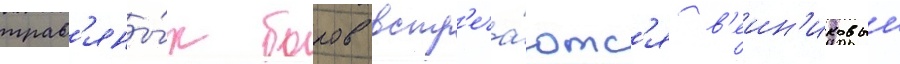
трав'яны́х боров встр'еча́ютс'я в'еин'иковыи